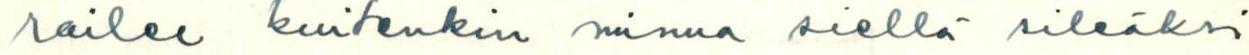
railee kuitenkin minua siellä sileäksi